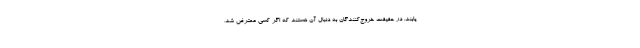
یابند. در حقیقت خروج‌کنندگان به دنبال آن هستند که اگر کسی ‌معترض شد،